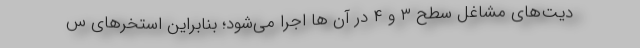
دیت‌های مشاغل سطح ۳ و ۴ در آن ها اجرا می‌شود؛ بنابراین استخرهای س